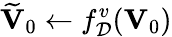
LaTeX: {\widetilde{\mathbf V}_{0}}\leftarrow f_{\cal D}^{v}({\mathbf V}_{0})